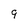
Character: 9